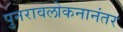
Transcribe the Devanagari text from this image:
पुनरावलोकनानंतर